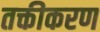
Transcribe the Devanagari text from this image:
तक्तीकरण